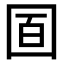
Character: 𡇚